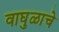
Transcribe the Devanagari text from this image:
वाघुळाचे